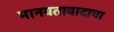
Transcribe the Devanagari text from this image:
मानवतावादाचा